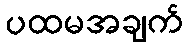
ပထမအချက်